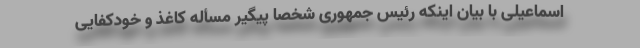
اسماعیلی با بیان اینکه رئیس جمهوری شخصا پیگیر مسأله کاغذ و خودکفایی